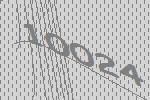
10024